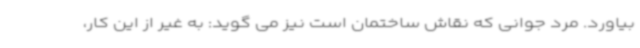
بیاورد. مرد جوانی که نقاش ساختمان است نیز می گوید: به غیر از این کار،